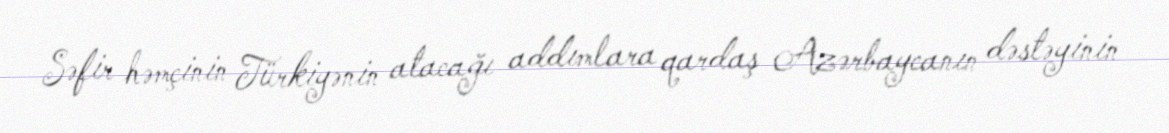
Səfir həmçinin Türkiyənin atacağı addımlara qardaş Azərbaycanın dəstəyinin